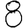
Digit: 8